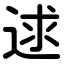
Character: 逑